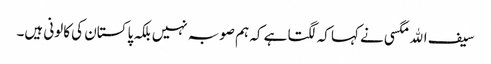
سیف اﷲ مگسی نے کہا کہ لگتا ہے کہ ہم صوبہ نہیں بلکہ پاکستان کی کالونی ہیں۔